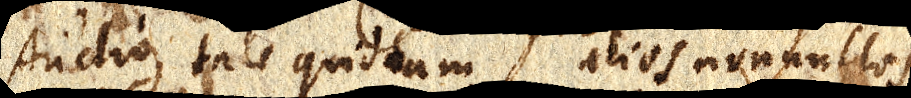
Audio tale quiddam alios nonnullos